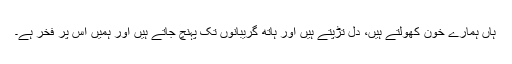
ہاں ہمارے خون کھولتے ہیں، دل تڑپتے ہیں اور ہاتھ گریبانوں تک پہنچ جاتے ہیں اور ہمیں اس پر فخر ہے۔